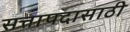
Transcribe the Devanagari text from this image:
सत्तापदासाठी